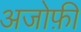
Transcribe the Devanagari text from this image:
अजोफ़ी